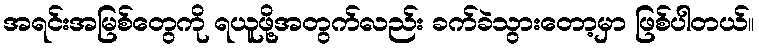
အရင်းအမြစ်တွေကို ရယူဖို့အတွက်လည်း ခက်ခဲသွားတော့မှာ ဖြစ်ပါတယ်။